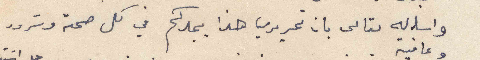
واساله تعالى بان تحريري هذا يجدكم في كل صحة وسرور